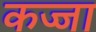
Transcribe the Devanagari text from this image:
कज्जा